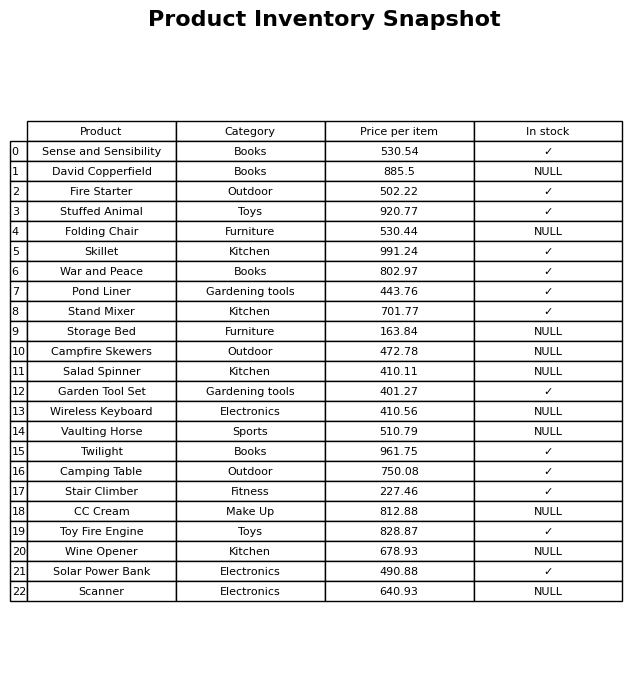
question: What is the price of the Sense and Sensibility?
answer: The price of Sense and Sensibility is 530.54.